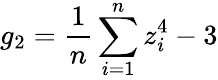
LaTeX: g_{2}={\frac{1}{n}}\sum_{i=1}^{n}z_{i}^{4}-3